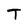
Character: T